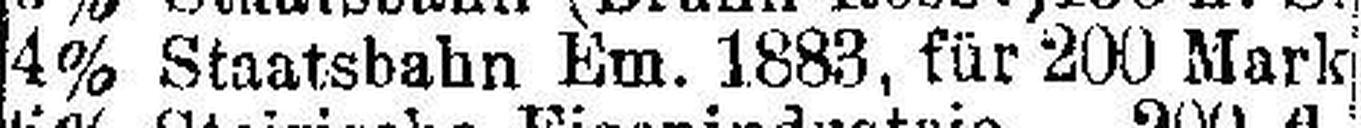
4% Staatsbahn Em. 1883. für 200 Mark